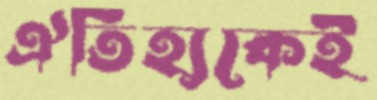
ঐতিহ্যকেই